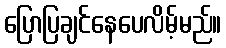
ပြောပြချင်နေပေလိမ့်မည်။